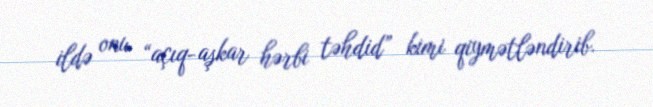
ildə onu “açıq-aşkar hərbi təhdid” kimi qiymətləndirib.